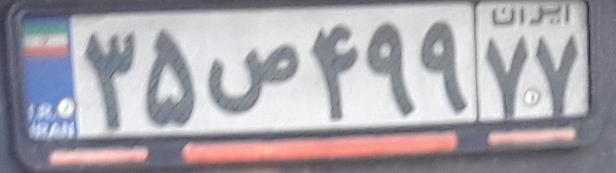
۳۵ص۴۹۹۷۷